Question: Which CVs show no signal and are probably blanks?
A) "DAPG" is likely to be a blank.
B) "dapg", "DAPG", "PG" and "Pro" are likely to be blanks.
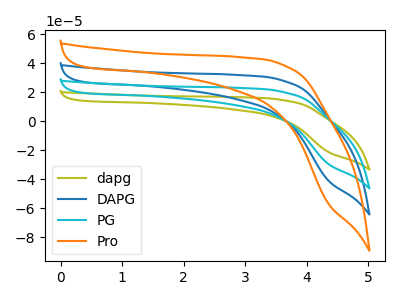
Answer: <think>The olive curve "dapg" has no peaks. The blue curve "DAPG" has no peaks. The cyan curve "PG" has no peaks. The orange curve "Pro" has no peaks.</think>
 <answer>B) "dapg", "DAPG", "PG" and "Pro" are likely to be blanks.</answer>
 <eval>B</eval>